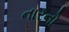
નારનો